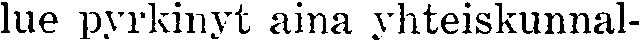
lue pyrkinyt aina yhteiskunnal-